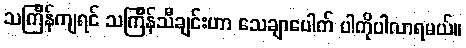
သင်္ကြန်ကျရင် သင်္ကြန်သီချင်းဟာ သေချာပေါက် ပါကိုပါလာရမယ်။